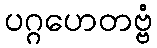
ပဂ္ဂဟေတဗ္ဗံ